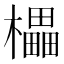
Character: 櫑